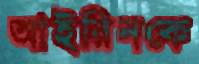
আইরিনকে